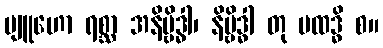
ဗျူဟော ရစ္ဆာ အနိဗ္ဗိဒ္ဓါ၊ နိဗ္ဗိဒ္ဓါ တု ပထဒ္ဓိ စ။